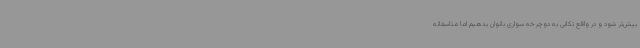
بیش‌تر شود و در واقع تکانی به دوچرخه سواری بانوان بدهیم اما متاسفانه